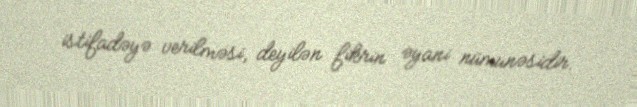
istifadəyə verilməsi, deyilən fikrin əyani nümunəsidir.